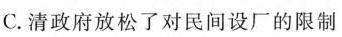
C. 清政府放松了对民间设厂的限制